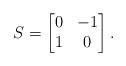
LaTeX: \begin{align*}S=\begin{bmatrix}0&-1\\1&0\end{bmatrix}.\end{align*}